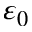
\varepsilon _ { 0 }